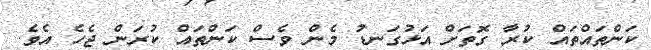
ކަންތައްތައް ކުރާ ގޮތަށް އަޅުގަނޑު މެން ވެސް ކަންތައް ކުރަން ޖެހެ އެވެ.